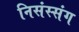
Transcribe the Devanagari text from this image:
निसंस्संग